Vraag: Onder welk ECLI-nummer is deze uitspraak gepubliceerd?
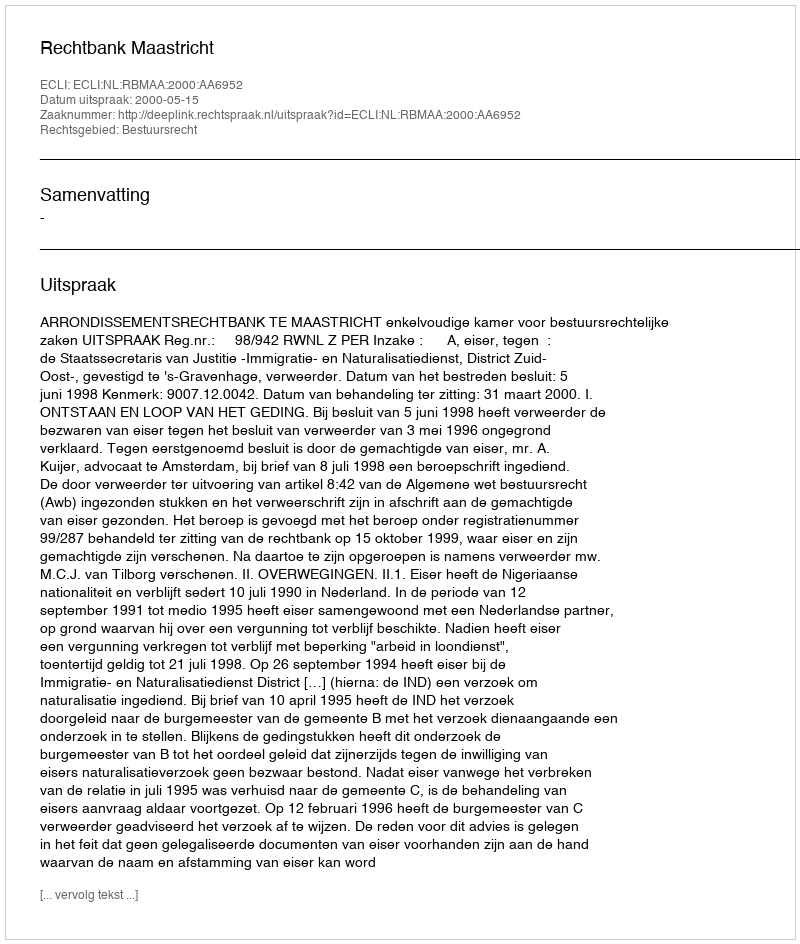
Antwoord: ECLI:NL:RBMAA:2000:AA6952